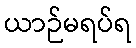
ယာဉ်မရပ်ရ